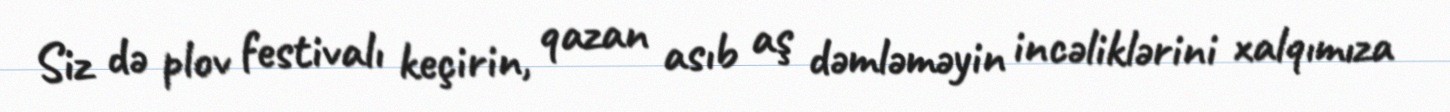
Siz də plov festivalı keçirin, qazan asıb aş dəmləməyin incəliklərini xalqımıza